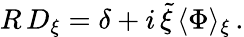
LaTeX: R\, D_{\xi}=\delta+i\, \tilde{\xi}\, \langle\Phi\rangle_{\xi}\, .